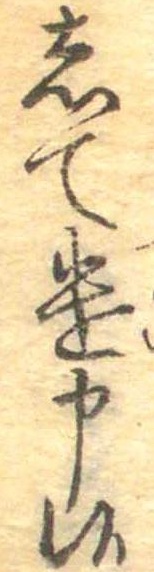
して遣申候